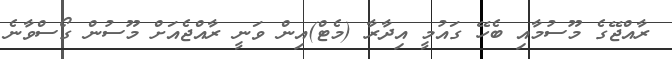
ރާއްޖޭގެ މޫސުމާއި ބެހޭ ގައުމީ އިދާރާ (މެޓް)އިން ވަނީ ރާއްޖެއަށް މޫސުން ގޯސްވާނެ